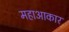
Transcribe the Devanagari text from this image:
महाआकार